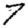
Digit: 7